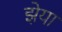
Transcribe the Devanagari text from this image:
झेया